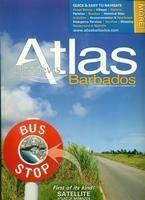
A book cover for Barbados Street Atlas; Skyviews Caribbean Ltd.; Travel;